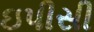
ઇપીસી